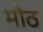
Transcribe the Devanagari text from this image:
मौठ